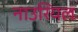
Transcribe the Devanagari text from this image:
नाउरियल